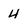
Character: 4